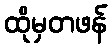
ထိုမှတဖန်